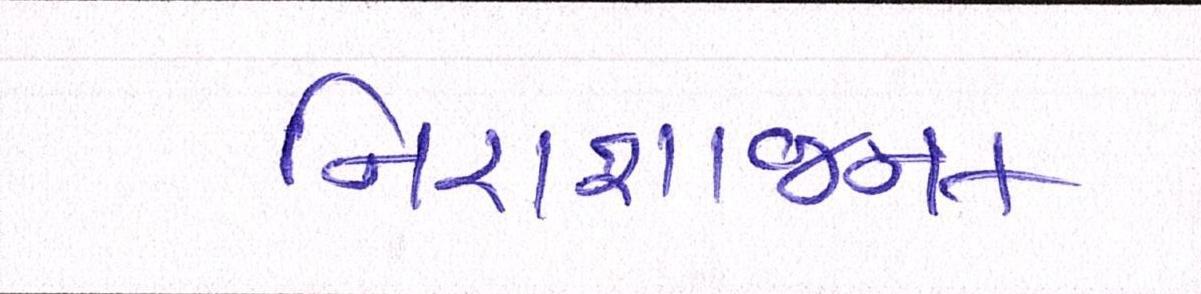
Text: નિરાશાજનક